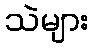
သဲများ